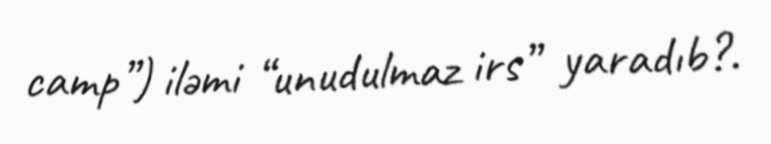
camp”) iləmi “unudulmaz irs” yaradıb?.